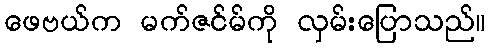
ဖေဗယ်က မက်ဇင်မ်ကို လှမ်းပြောသည်။